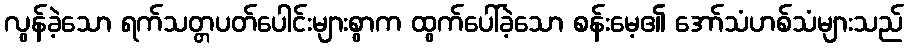
လွန်ခဲ့သော ရက်သတ္တပတ်ပေါင်းများစွာက ထွက်ပေါ်ခဲ့သော စန်းမေ့၏ အော်သံဟစ်သံများသည်